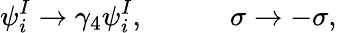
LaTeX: \psi_{i}^{I}\rightarrow\gamma_{4}\psi_{i}^{I},\qquad\quad\sigma\rightarrow-\sigma,